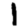
Digit: 1